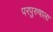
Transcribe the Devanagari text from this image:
परपुरुषाला